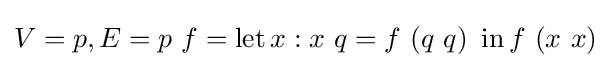
V=p,E=p\ f=\operatorname {let} x:x\ q=f\ (q\ q)\ \operatorname {in} f\ (x\ x)